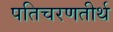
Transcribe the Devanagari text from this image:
पतिचरणतीर्थ